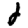
Digit: 2